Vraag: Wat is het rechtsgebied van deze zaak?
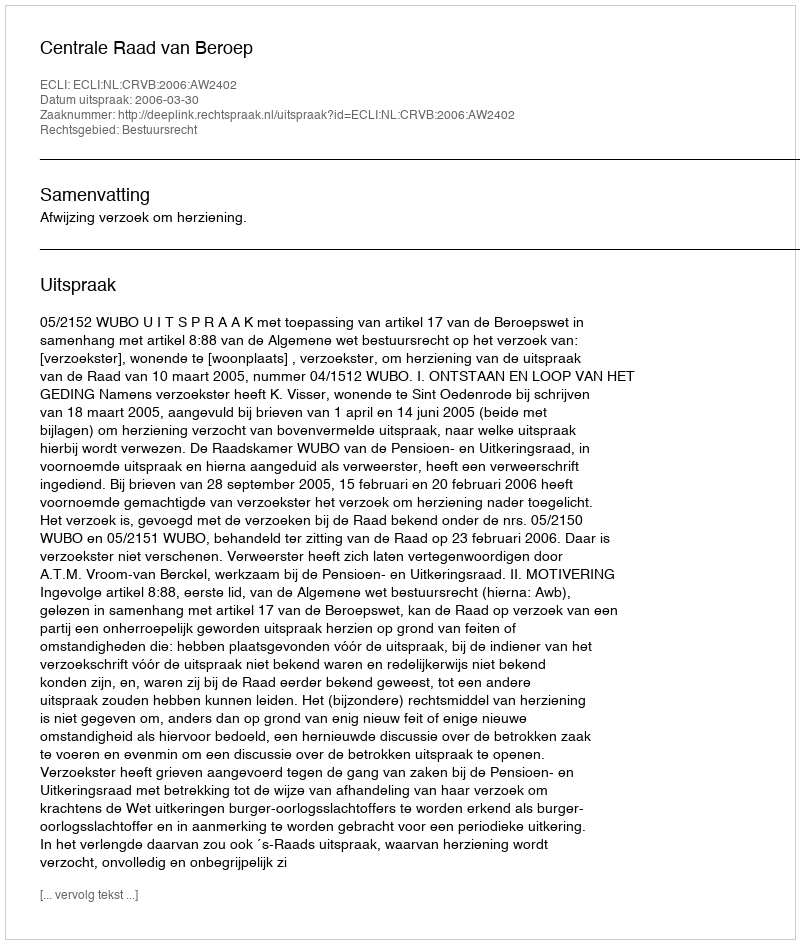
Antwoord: Bestuursrecht